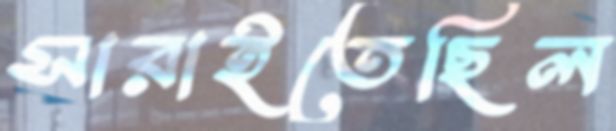
সারাইতেছিল